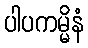
ပါပကမ္မိနံ